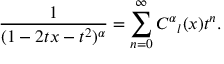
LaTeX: \frac { 1 } { ( 1 - 2 t x - t ^ { 2 } ) ^ { \alpha } } = \sum _ { n = 0 } ^ { \infty } C ^ { \alpha } { } _ { l } ( x ) t ^ { n } .